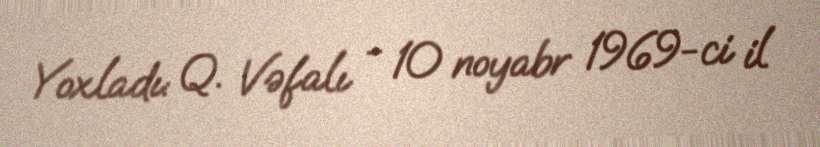
Yoxladı: Q. Vəfalı - 10 noyabr 1969-ci il